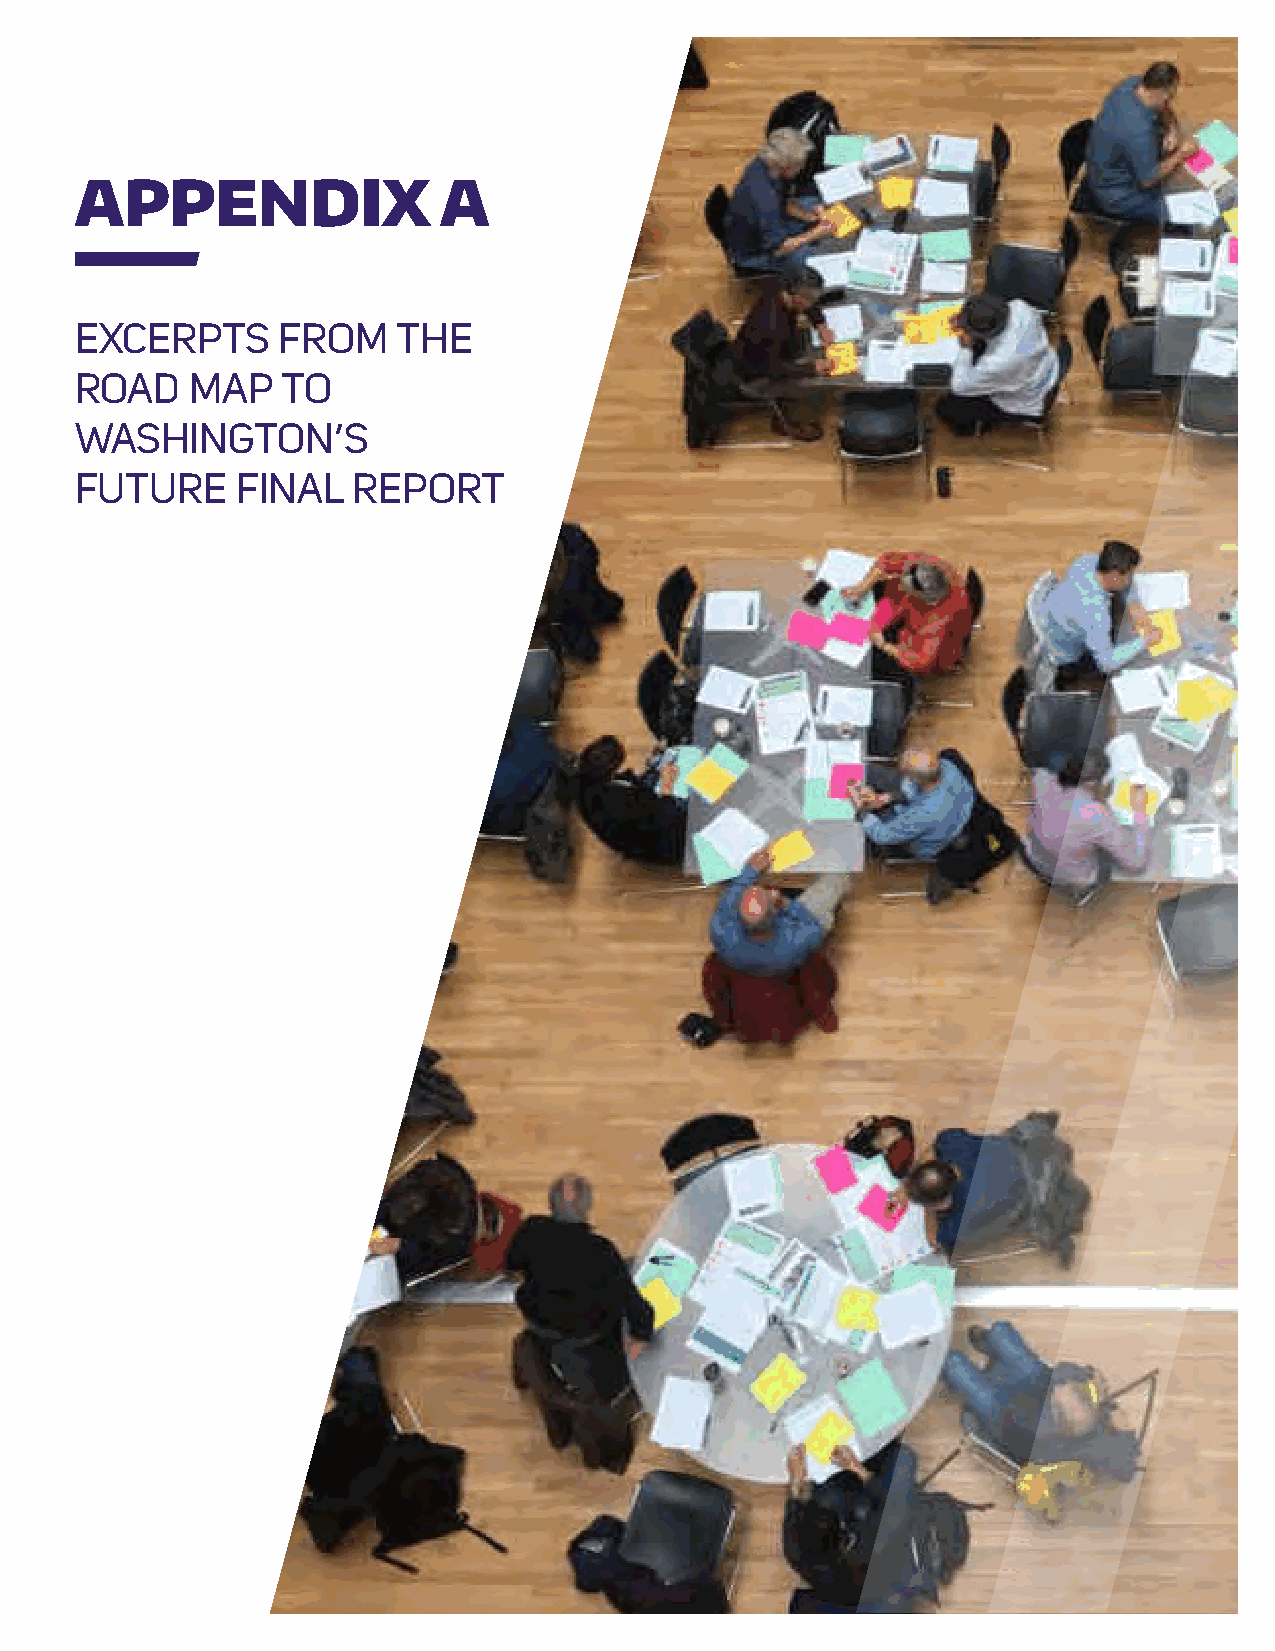
REPORT TITLE
 APPENDIX                A
 EXCERPTS     FROM    THE
 ROAD    MAP   TO
 WASHINGTON’S
 FUTURE     FINAL  REPORT
 37